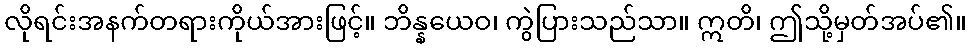
လိုရင်းအနက်တရားကိုယ်အားဖြင့်။ ဘိန္နယေဝ၊ ကွဲပြားသည်သာ။ ဣတိ၊ ဤသို့မှတ်အပ်၏။